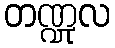
တဏ္ဍုလ